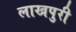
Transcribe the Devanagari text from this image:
लाखपुरी